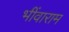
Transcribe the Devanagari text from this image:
भींवाराम